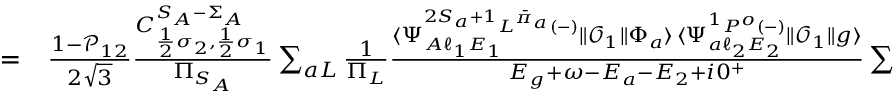
\begin{array} { r l } { = } & { { } \frac { 1 - \mathcal { P } _ { 1 2 } } { 2 \sqrt { 3 } } \frac { C _ { \frac { 1 } { 2 } \sigma _ { 2 } , \frac { 1 } { 2 } \sigma _ { 1 } } ^ { S _ { A } - \Sigma _ { A } } } { \Pi _ { S _ { A } } } \sum _ { a L } \frac { 1 } { \Pi _ { L } } \frac { \langle \Psi _ { A \ell _ { 1 } E _ { 1 } } ^ { ^ { 2 S _ { a } + 1 } L ^ { \bar { \pi } _ { a } } ( - ) } \| \mathcal { O } _ { 1 } \| \Phi _ { a } \rangle \, \langle \Psi _ { a \ell _ { 2 } E _ { 2 } } ^ { { ^ 1 P ^ { o } } ( - ) } \| \mathcal { O } _ { 1 } \| g \rangle } { E _ { g } + \omega - E _ { a } - E _ { 2 } + i 0 ^ { + } } \sum _ { M M _ { a } } C _ { L _ { A } M _ { A } , \ell _ { 1 } m _ { 1 } } ^ { L M } C _ { L _ { a } M _ { a } , \ell _ { 2 } m _ { 2 } } ^ { 1 \mu } C _ { L _ { a } M _ { a } , 1 \nu } ^ { L M } , } \end{array}